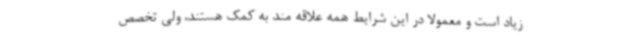
زیاد است و معمولا در این شرایط همه علاقه مند به کمک هستند، ولی تخصص